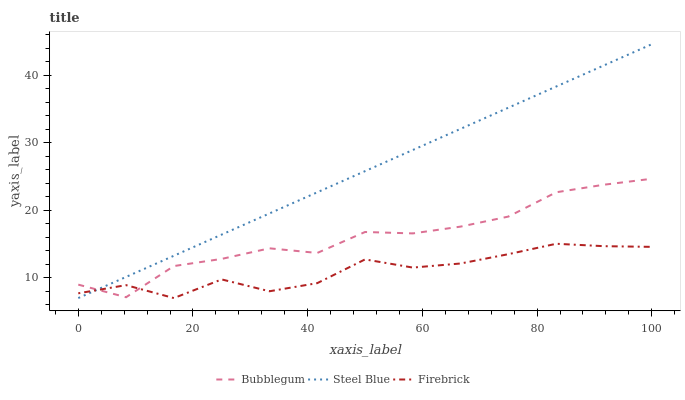
| xaxis_label | Bubblegum | Steel Blue | Firebrick |
 | --- | --- | --- | --- |
 | 0 | 8.99 | 7 | 7.7 |
 | 8.33 | 7.13 | 10.1 | 8.92 |
 | 16.7 | 11.7 | 13.3 | 7 |
 | 25 | 12.8 | 16.4 | 9.76 |
 | 33.3 | 14.4 | 19.5 | 8.01 |
 | 41.7 | 13.7 | 22.7 | 9.21 |
 | 50 | 16.8 | 25.8 | 12.7 |
 | 58.3 | 16.6 | 28.9 | 11.5 |
 | 66.7 | 17.6 | 32.1 | 12.1 |
 | 75 | 19.1 | 35.2 | 13.5 |
 | 83.3 | 22.7 | 38.3 | 15 |
 | 91.7 | 23.8 | 41.5 | 14.7 |
 | 100 | 24.7 | 44.6 | 14.6 |